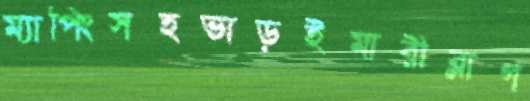
ম্যাপিংসহভাড়ইমারীব্লাগ